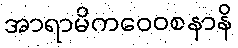
အာရာမိကဝေဝစနာနိ